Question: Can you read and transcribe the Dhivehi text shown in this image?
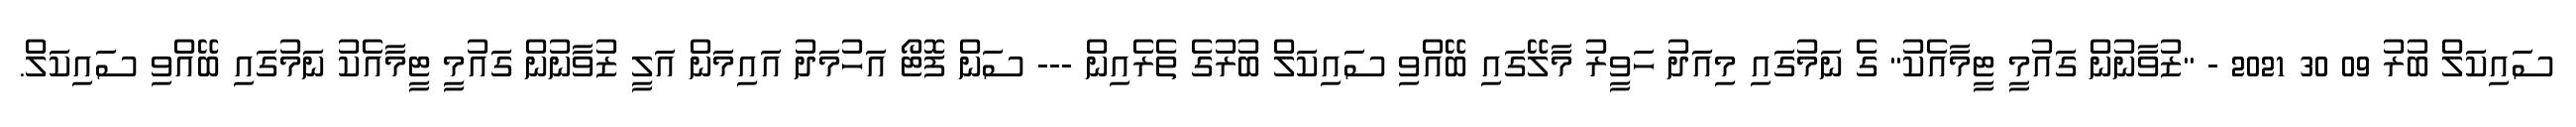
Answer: ސައިކަލް ބުރު 09 30 2021 - "ޒުވާނުން ގައުމީ ޓީމާއެކު" ގެ ނަމުގައި މިއަދު ހަވީރު މާލޭގައި ބޭއްވި ސައިކަލް ބުރުގެ ތެރެއިން --- ސަން ފޮޓޯ އަހުމަދު އައިމަން އަލީ ޒުވާނުން ގައުމީ ޓީމާއެކު ނަމުގައި ބޭއްވި ސައިކަލް.